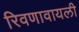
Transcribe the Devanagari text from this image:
रिवणावायली